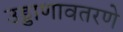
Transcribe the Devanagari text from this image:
उड्डाणावतरणे